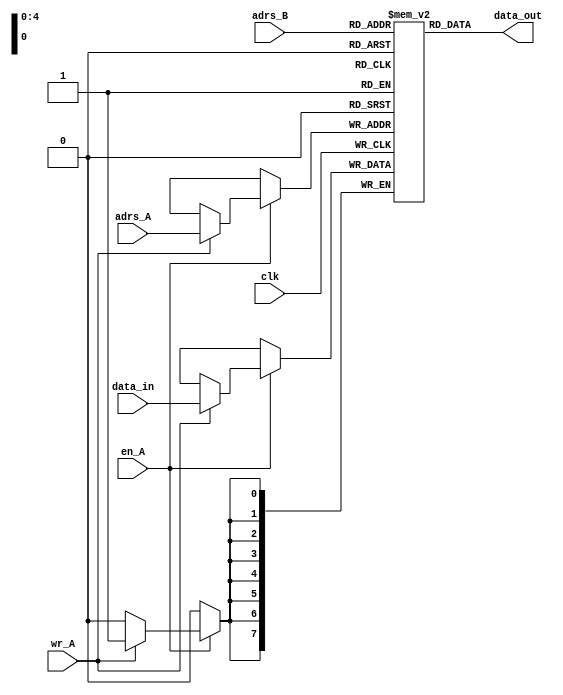
`timescale 1ns / 1ps
//////////////////////////////////////////////////////////////////////////////////
// Company: 
// Engineer: 
// 
// Design Name: 
// Module Name: Data_RAM
// Project Name: 
// Target Devices: 
// Tool Versions: 
// Description: 
// 
// Dependencies: 
// 
// Revision:
// Revision 0.01 - File Created
// Additional Comments:
// 
//////////////////////////////////////////////////////////////////////////////////


module Data_RAM(
    input clk,
    input en_A,
    input wr_A,
    input [4:0] adrs_A,
    input [7:0] data_in,
    input [4:0] adrs_B,
    output [7:0] data_out
    );
    
    reg [7:0] data_ram [31:7];
    
    always @(posedge clk) begin
        if (en_A)
            if (wr_A)
                data_ram[adrs_A] <= data_in;
    end
    
    assign data_out = data_ram[adrs_B];
    
endmodule